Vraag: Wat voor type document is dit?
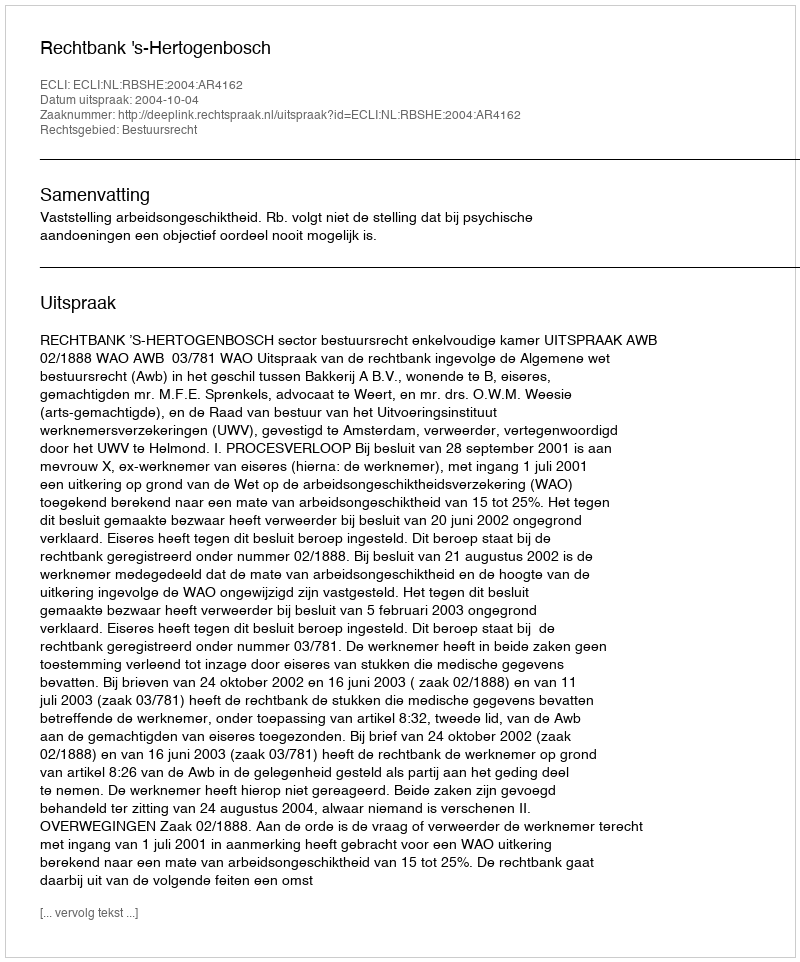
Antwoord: Uitspraak